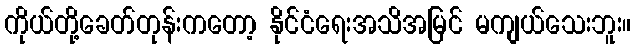
ကိုယ်တို့ခေတ်တုန်းကတော့ နိုင်ငံရေးအသိအမြင် မကျယ်သေးဘူး။